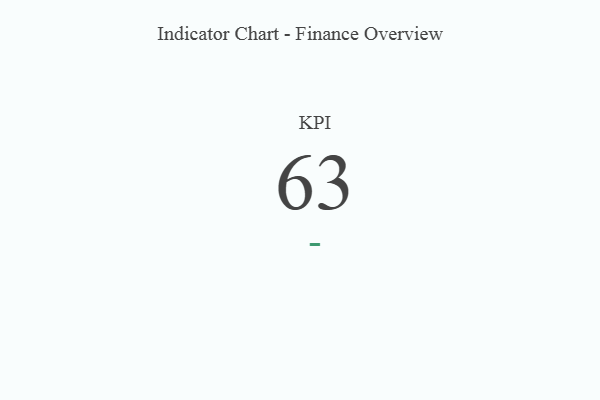
{"axis": {"x": "KPI", "y": "Value"}, "legend": [""], "data": [{"x": "KPI", "y": 63, "type": ""}]}